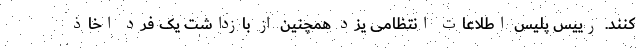
کنند. رییس پلیس اطلاعات انتظامی یزد همچنین از بازداشت یک فرد اخاذ